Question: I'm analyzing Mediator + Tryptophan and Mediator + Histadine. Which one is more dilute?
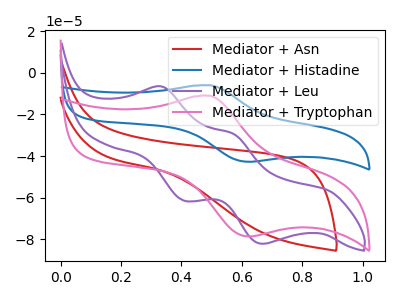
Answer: <think>The red curve "Mediator + Asn" has no peaks. The blue curve "Mediator + Histadine" has an anodic peak at (0.50V, -6.00uA) and a cathodic peak at (0.65V, -42.75uA). The purple curve "Mediator + Leu" has anodic peaks at (0.35V, -6.65uA) (0.55V, -29.25uA) and cathodic peaks at (0.40V, -61.45uA) (0.65V, -82.10uA). The pink curve "Mediator + Tryptophan" has an anodic peak at (0.50V, -11.05uA) and a cathodic peak at (0.65V, -78.60uA).
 All the peaks in "Mediator + Tryptophan" have a peak in "Mediator + Histadine" at the same potential.</think>
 <answer>I cant tell if "Mediator + Tryptophan" or "Mediator + Histadine" has higher concentration.</answer>
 <eval>mixed_concentration</eval>